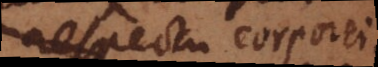
respectu corporeitatis